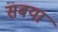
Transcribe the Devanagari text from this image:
सबया